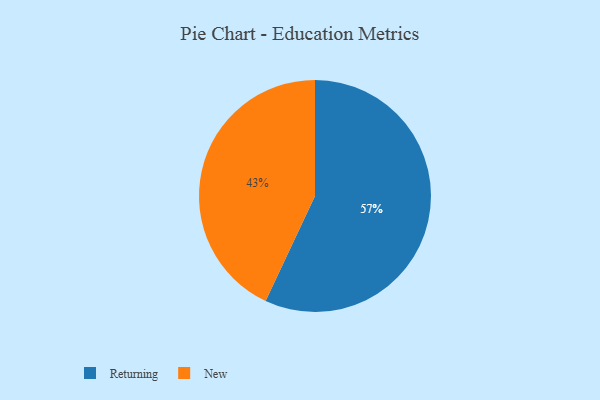
{"axis": {"x": "Category", "y": "Percentage"}, "legend": ["New", "Returning"], "data": [{"x": "Returning", "y": 57, "type": "Returning"}, {"x": "New", "y": 43, "type": "New"}]}